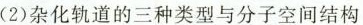
(2)杂化轨道的三种类型与分子空间结构